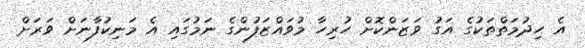
އެ ހިދުމަތްތަކުގެ އަގު ވަޒަންކޮށް ހުރިހާ މުވައްޒަފުންގެ ނަމުގައި އެ މަނިކުފާނަށް ވަރަށް